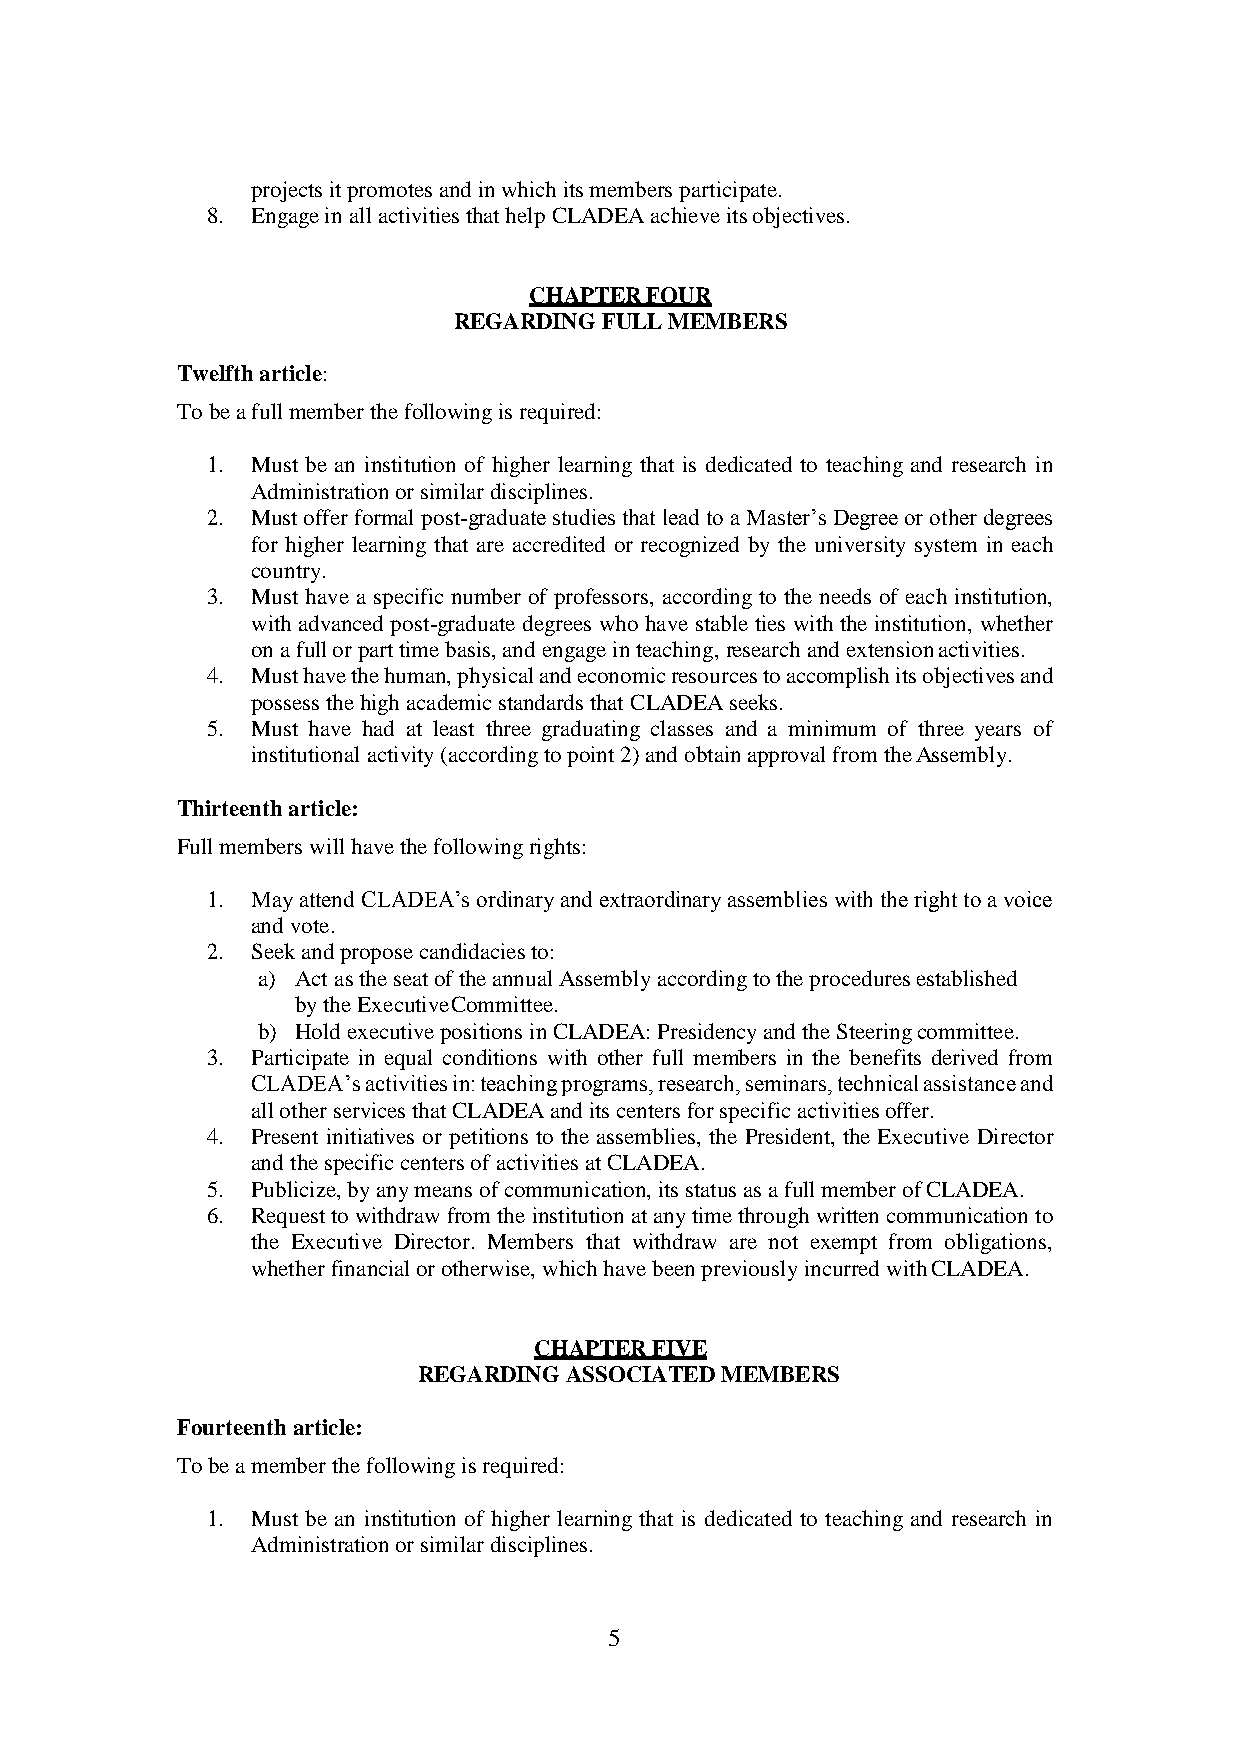
projects it promotes and in which its members participate.
 8. Engage in all activities that help CLADEA achieve its objectives.
 CHAPTER FOUR
 REGARDING FULL MEMBERS
 Twelfth article:
 To be a full member the following is required:
 1. Must be an institution of higher learning that is dedicated to teaching and research in
 Administration or similar disciplines.
 2. Must offer formal post-graduate studies that lead to a Master’s Degree or other degrees
 for higher learning that are accredited or recognized by the university system in each
 country.
 3. Must have a specific number of professors, according to the needs of each institution,
 with advanced post-graduate degrees who have stable ties with the institution, whether
 on a full or part time basis, and engage in teaching, research and extension activities.
 4. Must have the human, physical and economic resources to accomplish its objectives and
 possess the high academic standards that CLADEA seeks.
 5. Must have had at least three graduating classes and a minimum of three years of
 institutional activity (according to point 2) and obtain approval from the Assembly.
 Thirteenth article:
 Full members will have the following rights:
 1. May attend CLADEA’s ordinary and extraordinary assemblies with the right to a voice
 and vote.
 2. Seek and propose candidacies to:
 a) Act as the seat of the annual Assembly according to the procedures established
 by the Executive Committee.
 b) Hold executive positions in CLADEA: Presidency and the Steering committee.
 3. Participate in equal conditions with other full members in the benefits derived from
 CLADEA’s activities in: teaching programs, research, seminars, technical assistance and
 all other services that CLADEA and its centers for specific activities offer.
 4. Present initiatives or petitions to the assemblies, the President, the Executive Director
 and the specific centers of activities at CLADEA.
 5. Publicize, by any means of communication, its status as a full member of CLADEA.
 6. Request to withdraw from the institution at any time through written communication to
 the Executive Director. Members that withdraw are not exempt from obligations,
 whether financial or otherwise, which have been previously incurred with CLADEA.
 CHAPTER FIVE
 REGARDING ASSOCIATED MEMBERS
 Fourteenth article:
 To be a member the following is required:
 1. Must be an institution of higher learning that is dedicated to teaching and research in
 Administration or similar disciplines.
 5